Vital statistics of India. Vol. IV, Annual returns from 1871 to 1876. British Army of India, Native Army and jails of Bengal
Year: 1871
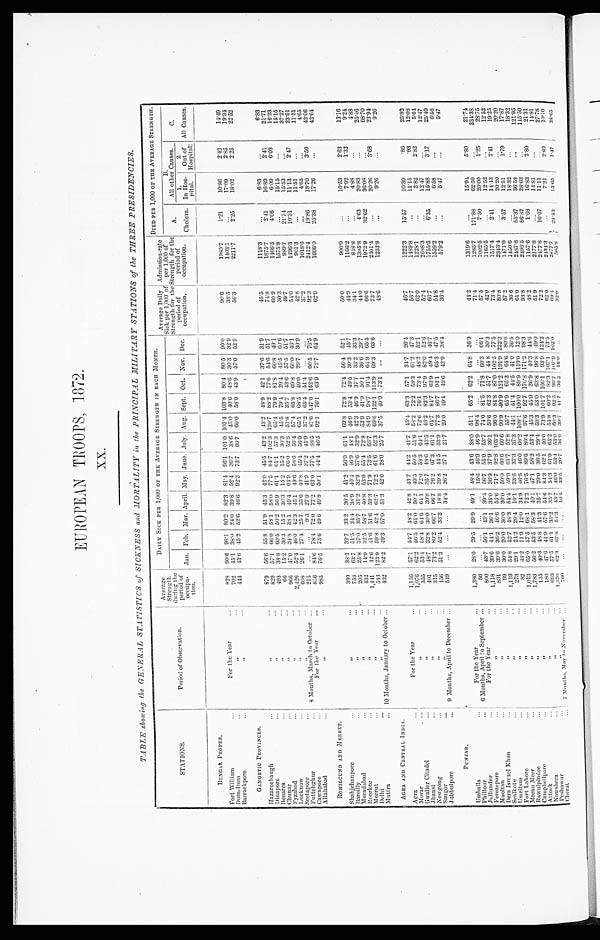
EUROPEAN TROOPS, 1872.
XX.
TABLE showing the GENERAL STATISTICS of SICKNESS and MORTALITY in the PRINCIPAL MILITARY STATIONS of the THREE PRESIDENCIES.
STATIONS.
Period of Observation.
Average
Strengt
h
during the
period of
occupa-
tion.
DAILY SICK PER 1,000 OF THE AVERAGE STRENGTH IN EACH MONTH.
Average Daily
Sick per 1,000 of
Strength for the
period of
occupation.
Admission-rate
per 1,000 of
Strength for the
period of
occupation.
DIED PER 1,000 OF THE AVERAGE STRENGTH.
Jan. Feb. Mar. April. May. June. July. Aug. Sept. Oct. Nov. Dec.
A.
Cholera.
B.
All other Causes.
C.
All Causes.
1.
In Hos-
pital.
2.
Out of
Hospital.
BENGAL PROPER.
Fort William
For the Year
828 90.6 98.1 80.2 82.3 81.4 96.1 101.0 103.4 103.8 80.4 80.5 90.0
90.6
1980.7
1.21
10. 86
2.42
14. 49
Dum-Dum
, ,
702 45.1 38.0 24.0 39.8 52.4 36.7 38.6 45.0 40.6 48.6 30.3 32.9
38.5
1403.1
...
17. 09
2. 85
19. 94
Barrackpore
, ,
4 4 4 43.6 45.2 52.6 46.6 92.3 73.7 60.7 60.0 58.0 43.9 57.0 52.9
56.3
2211.7
2.25
18. 02
2.25
22. 52
GANGETIC PROVINCES.
Hazareebaugh
...
, ,
879 56.6 55.8 51.9 45.3 42.0 45.5 43.2 43.2 48.9 42.1 37.6
3 1 . 9
45.5
1118.3
...
6. 83
...
6 . 8 3
Dinapore
, ,
829 57.1 66.0 58.1 58.0 77.5 84.7 102.3 120.7 88.2 77.6
5 4 . 6 5 1 . 7
7 4 . 8
1 8 7 5 . 7
2 . 4 1 16. 89
2. 41
2 1 . 7 1
Benares
, ,
493 38.8 60.550.2 56.9 61.1 61.1 57.3 65.479.9 81.8
6 0 . 8 4 9 . 1 60.9
1466.5 4.06
6 . 0 9 6.08
16. 23
Chunar
, ,
66 15.2 30.3 15.2 30.3 15.2 15.2 30.3 45.5 79.4 29.4 45.5
6 0 . 6
30.3
1575. 8 ...
15. 15
...
1 5 . 1 5
Fyzabad
, ,
9 6 6 47.0 34.8 38.1 49.4 64.9 66.0 52.8 51.8 35.7 43.6 57.5 51.7
49.7
989.7
21.74
15. 53
...
37. 27
Lucknow
, ,
2,426 52.4 46.0 42.3 45.1 49.6 58.6 56.4 57.4 65.8 69.8 60.0 46.1
54.0
1496.3
10.31
11.13
2. 47
23. 91
Seetapore
, ,
608 26.1 27.4 25.7 35.6 46.8 45.4 56.9 65.1 68.5 49.0 29.7 30.9
42.8
901.3
...
11.51
...
11. 51
Futtehghur
8 Months, March to October
215 ... ... 9.3 27.9 41.9 37.2 41.9 37.2 65.4 51.4 ... ...
37.2
1018.6
...
4. 65
...
4. 65
Cawnpore
For the Year
856 84.6 78.4 72.0 77.2 63.0 77.5 88.5 87.6 147.0 152.6 90.5
7 6 . 5
9 2 . 3
2412.4
19.86
18.70
3. 50
4 2 . 0 6
Allahabad
, ,
985 76.5 73.6 49.6 49.8 50.1 44.4 46.5 92.1 76.1 63.9 72.7
6 4 . 9
62.9
1666.0
25.38
17. 26
...
4 2 . 6 4
ROHILCUND AND MEERUT.
Shahjehanpore
, ,
380 38.1 32.7 33.2 30.5 41.2 50.0 61.1 69.8 72.8 72.4 56.4 52.1
50.0
900.0
...
10. 53
2.63
13. 16
Bareilly
, ,
758 63.7 51.5 34.4 38.9 40.4 4 6 . 9 48.1 46.9 53.4 49.5 30.3 45.7
44.9
1166.2
...
7. 92
1.32
9. 24
Moradabad
, ,
205 25.8 37.0 35.7 31.2 32.9 37.6 32.9 42.3 46.9 37.7 33.2 33.3
34.1
848.8
...
4. 88
...
4.88
Roorkee
, ,
432 14.9 32.5 58.7 40.8 53.0 55.4 72.8 53.9 41.9 50.1 36.6 29.7
44.0
1395.8
4.63
20. 83
...
25. 46
Meerut
, , 1,441 42.6 41.6 51.6 59.3 71.9 73.5 66.7 84.9 98.7 91.4 64.9 65.5
66.6
1972.9
32.62 36. 08
...
68.70
Delhi
, ,
543 123.9 59.8 42.4 62.7 72.2 61.6 52.3 69.6 122.1 113.9 69.3 63.6
73.7
2401.4
...
20. 26
3.68
23. 94
Muttra
10 Months, January to October
432 82.2 49.3 57.0 51.3 42.0 28.0 25.7 37.5 40.0 73.1 ... ...
48.6
1233.8
...
9. 26
...
9. 26
AGRA AND CENTRAL INDIA.
Agra
For the Year
1,156 57.1 54.7 48.2 42.8 43.7 44.2 41.7 45.4 63.3 57.1 34.7 26.4
46.7
1222.3
15.57
10. 39
.86
26. 82
Morar
, , 1,076 62.2 56.5 61.0 50.2 49.5 50.5 51.6 58.2 72.2 58.3 61.2 47.3
56.7
1489.8
. . . 11.15
.93
12. 08
Gwalior Citadel
, ,
355 53.4 58.4 64.6 64.1 72.0 58.3 64.1 72.6 76.1 73.4 48.2 52.1
62.0
1228.1
...
2. 82
2.82
5. 64
Jhansi
, ,
401 48.7 32.8 30.0 30.8 35.7 48.6 43.5 46.2 82.3 97.9 82.0 52.6
52.4
2688.3
...
12. 47
...
12. 47
Nowgong
, ,
315 73.2 80.2 66.7 66.7 76.2 67.3 61.1 64.7 84.7 63.9 49.4
4 6 . 7
66.7
1755.5
6.35
15. 88
3.17
25.40
Saugor
, ,
456 51.3 52.4 33.2 18.8 39.8 44.5 53.9 77.3 86.7 94.1 65.3
4 7 . 5
54.8
1559.2
... 6. 58
. . .
6 . 5 8
Jabbulpore
9 Months, April to December
549 ... ... ... 34.4 36.2 27.1 21.7 29.0 49.1 49.6 42.9 38.4
36.4
579.2
. . . 5. 47
. . .
5. 47
P U N J A B .
Umballa
For the Year
1,380 28.0 29.5 29.9 49.1 48.4 43.6 38.0 51.1 65.2 62.2 64.8 36.9
44.2
1319.6
...
15. 94
5.80
21.74
Phillour
6 Months, April to September
56 ... ... ... ... 15.6 46.9 46.9 98.4 ... ... ... ...
71.4
1285.7 171.88
62.50
...
234.38
Jullundur
For the Year
800 43.7 56.1 43.1 39.4 56.7 55.0 53.7 74.0 81.5 71.8 60.3 66.1
57.5
1002.5
7.50
20. 00
1.25
28.75
Ferozepore
, ,
1,118 39.6 44.1 36.1 35.0 36.9 37.9 36.1 50.6 62.3 51.7 44.8 30.3
42.0
1165.5
...
12. 52
...
12. 52
Mooltan
, ,
831 39.6 36.2 46.6 55.6 71.7 92.8 103.2 96.0 84.8 87.0 102.5 77.5
73.4
1517.4
2.41
14. 43
2.41
19. 25
Dera Ismael Khan
, ,
9 9 30.0 20.0 30.0 30.0 50.0 60.6 60.6 90.9 90.9 121.2 191.9 222.2
80.8
2343.4
...
20. 20
...
20. 20
Sealkote
, ,
1,119 54.8 52.7 48.3 54.4 49.0 61.7 52.8 55.7 65.9 65.3 64.6 80.6
57.2
1471.9
3.57
12. 51
1 . 7 9
1 7 . 8 7
Umritsur
, ,
273 29.1 24.2 29.4 10.1 33.6 37.3 37.3 44.1 51.4 44.5 41.0 36.5
36.6
1450.6
...
18. 32
...
18. 32
Fort Lahore
, ,
82 48.2 11.9 12.0 34.9 46.5 46.0 60.2 108.1100.0 89.9 119.0 12.0
61.0
2487.8
85.37
36.58
...
121. 95
Meean Meer
, ,
1,013 65.0 57.5 68.1 72.2 76.5 89.6 80.4 97.6 92.7 170.8 171.2 98.3
93.8
2498.5 86.87
28. 63
...
115. 50
Rawulpindee
, ,
1,783 56.2 53.5 58.3 40.1 47.1 58.2 53.4 45.3 45.9 36.9 40.3 44.6
48.2
1157.6
1.68
16. 83
2.80
21. 31
Campbellpore
, ,
135 40.3 48.8 41.3 35.7 29.0 36.5 29.4 59.3 53.0 63.8 96.8 49.0
51.9
2177.8
...
14. 81
...
14.81
Attock
, ,
180 47.6 41.9 57.6 54.6 84.3 62.1 40.0 73.9 101.7 106.1 93.9
1 2 4 . 2
72.2
2477.8
16.67
11.11
...
27. 78
Nowshera
, ,
693 57.5 61.1 35.2 35.7 54.3 61.9 65.2 54.8 60.2 82.3 107.1
7 3 . 5 . 5
62.0
2434.3
...
7.21
2.89
10.10
Peshawur
, ,
1,570 62.3 67.8 54.3 43.7 46.0 53.4 53.0 60.3 92.5 99.7 107.9
1 0 2 . 0
6 9 . 4
2877.7 21. 53
1 5 . 6 5
1 . 4 7
3 8 . 6 5
Cherat
7 Months, May to November
760 ... ... ... 16.5 33.5 26.7 36.9 39.7 41.7 36. 2 16.0 ...
3 2 . 9
5 6 5 . 8